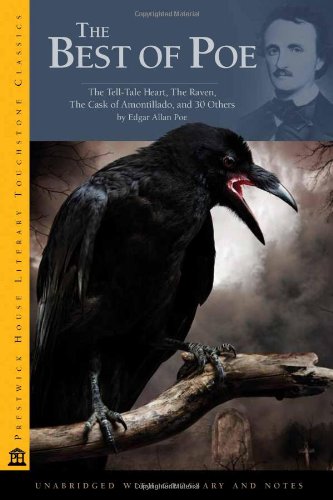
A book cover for The Best of Poe: The Tell-Tale Heart, The Raven, The Cask of Amontillado, and 30 Others; Edgar Allan Poe; Literature & Fiction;